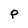
Character: P